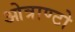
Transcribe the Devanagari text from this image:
ओत्राण्टो